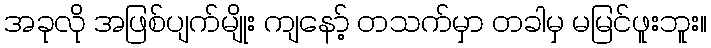
အခုလို အဖြစ်ပျက်မျိုး ကျနော့် တသက်မှာ တခါမှ မမြင်ဖူးဘူး။